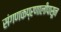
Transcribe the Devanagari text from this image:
संगणकप्रणालीपासून